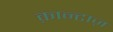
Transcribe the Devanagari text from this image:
क़ान्टाज़